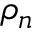
\rho _ { n }